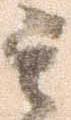
其